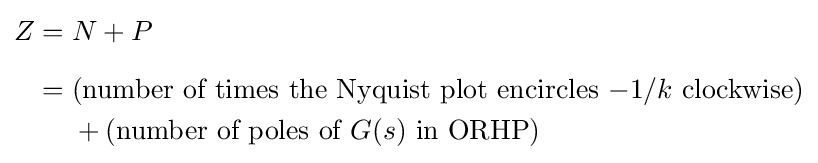
{\begin{aligned}Z={}&N+P\\[6pt]={}&{\text{(number of times the Nyquist plot encircles }}{-1/k}{\text{ clockwise)}}\\&{}+{\text{(number of poles of }}G(s){\text{ in ORHP)}}\end{aligned}}